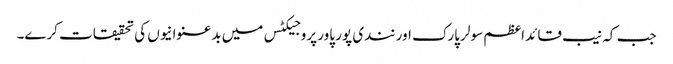
جب کہ نیب قائد اعظم سولر پارک اور نندی پور پاور پروجیکٹس میں بدعنوانیوں کی تحقیقات کرے۔